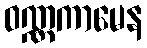
ဝဏ္ဏကာမေန